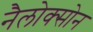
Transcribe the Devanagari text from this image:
नैलोक्सोन